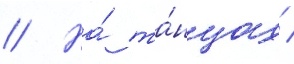
// На́ та́нцах /